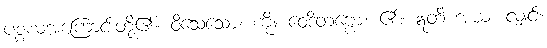
ပစ္စယအကြောင်းတို့၏။ ဝိသေသော၊ ကို။ ဝေဒိတဗ္ဗော၊ ၏။ ဣတိ အယံ၊ လျှင်။